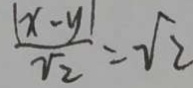
\frac { ( x - y ) } { \sqrt { 2 } } = \sqrt { 2 }